Document type: Grant
Year: 1445
Scribe: Antoni Gomar
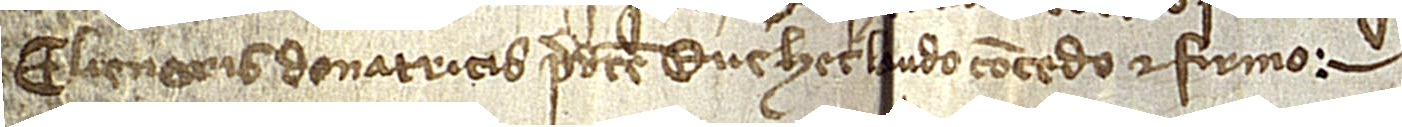
Elienoris, donatricis predicte, que hec laudo, concedo et firmo.